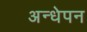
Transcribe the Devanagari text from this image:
अन्धेपन